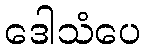
ဒေါသံပေ